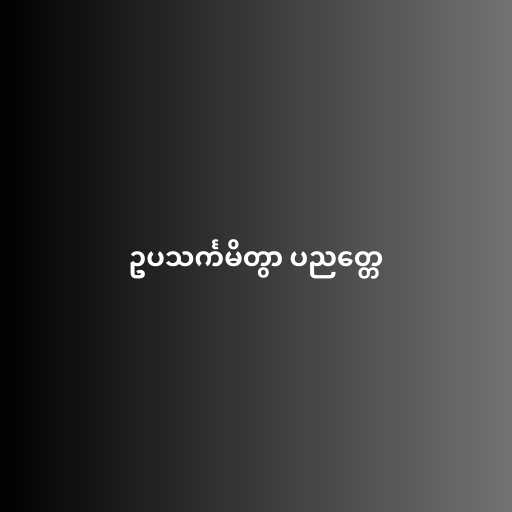
ဥပသင်္ကမိတွာ ပညတ္တေ